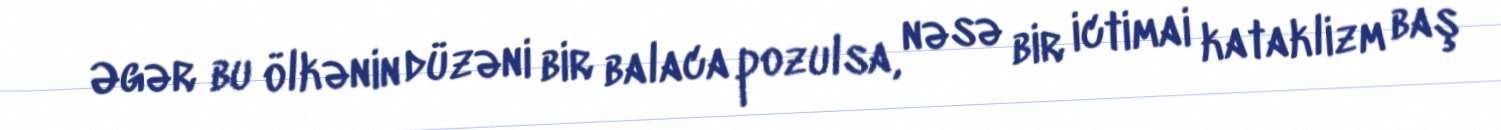
Əgər bu ölkənin düzəni bir balaca pozulsa, nəsə bir ictimai kataklizm baş